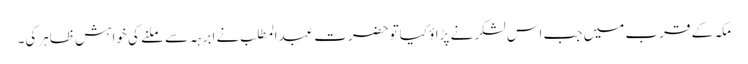
مکہ کے قرب میں جب اس لشکر نے پڑاؤ کیاتوحضرت عبدالمطلب نے ابرہہ سے ملنے کی خواہش ظاہرکی۔